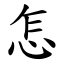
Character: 怎